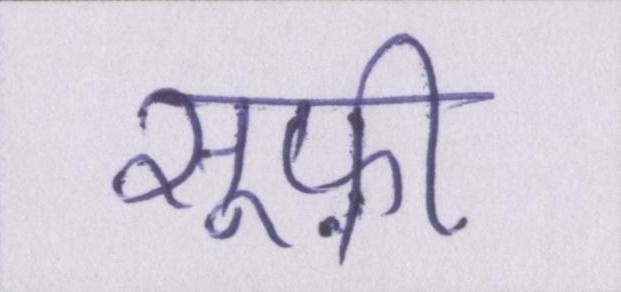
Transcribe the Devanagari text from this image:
सूफ़ी